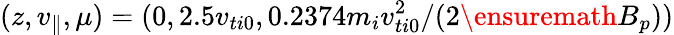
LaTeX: (z,v_{\parallel},\mu)=(0,2.5v_{ti0},0.2374m_{i}v_{ti0}^{2}/(2\ensuremath{B_{p}}))